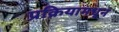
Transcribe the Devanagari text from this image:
प्रक्रियामधून